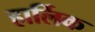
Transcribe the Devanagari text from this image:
हार्लिक